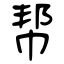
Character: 帮